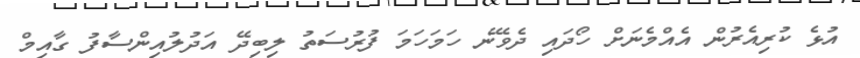
އުޅެ ކުރިއެރުން އެއްމެނަށް ހޯދައި ދެވޭނެ ހަމަހަމަ ފުރުސަތު ލިބިދޭ އަދުލުއިންސާފު ގާއިމް